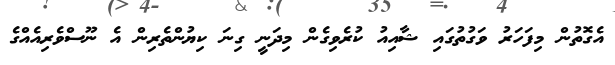
އެގޮތުން މިފަހަރު ވަގުތުގައި ޝާއިއު ކުރެވިގެން މިދަނީ ގިނަ ކިޔުންތެރިން އެ ނޫސްވެރިއެއްގެ